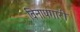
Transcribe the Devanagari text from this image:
विनापगारी